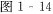
图1-14